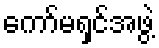
ကော်မရှင်အဖွဲ့